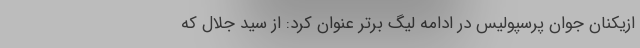
ازیکنان جوان پرسپولیس در ادامه لیگ برتر عنوان کرد: از سید جلال که